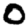
Digit: 0